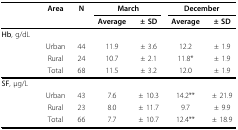
<table><thead><tr><td></td><td><b>Area</b></td><td><b>N</b></td><td colspan="2"><b>March</b></td><td colspan="2"><b>December</b></td></tr><tr><td></td><td></td><td></td><td><b>Average</b></td><td><b>± SD</b></td><td><b>Average</b></td><td><b>± SD</b></td></tr></thead><tbody><tr><td><b>Hb</b>, g/dL</td><td></td><td></td><td></td><td></td><td></td><td></td></tr><tr><td></td><td>Urban</td><td>44</td><td>11.9</td><td>± 3.6</td><td>12.2</td><td>± 1.9</td></tr><tr><td></td><td>Rural</td><td>24</td><td>10.7</td><td>± 2.1</td><td>11.8*</td><td>± 1.9</td></tr><tr><td></td><td>Total</td><td>68</td><td>11.5</td><td>± 3.2</td><td>12.0</td><td>± 1.9</td></tr><tr><td><b>SF</b>, μg/L</td><td></td><td></td><td></td><td></td><td></td><td></td></tr><tr><td></td><td>Urban</td><td>43</td><td>7.6</td><td>± 10.3</td><td>14.2**</td><td>± 21.9</td></tr><tr><td></td><td>Rural</td><td>23</td><td>8.0</td><td>± 11.7</td><td>9.7</td><td>± 9.9</td></tr><tr><td></td><td>Total</td><td>66</td><td>7.7</td><td>± 10.7</td><td>12.4**</td><td>± 18.9</td></tr></tbody></table>